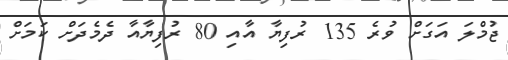
ޖުމްލަ އަގަށް ވުރެ 135 ރުފިޔާ އާއި 80 ރުފިޔާއާ ދެމެދަށް ކަމަށް